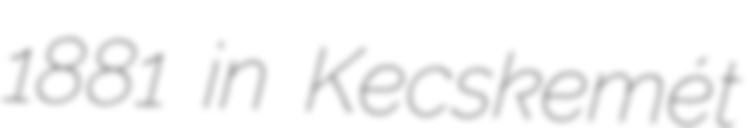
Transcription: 1881 in Kecskemét